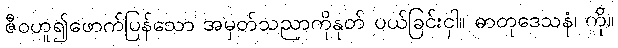
ဇီဝဟူ၍ဖောက်ပြန်သော အမှတ်သညာကိုနုတ် ပယ်ခြင်းငှါ။ ဓာတုဒေသနံ၊ ကို။